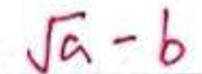
$\sqrt { a - b }$